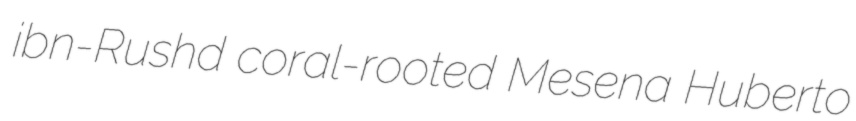
ibn-Rushd coral-rooted Mesena Huberto